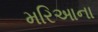
મરિઆના